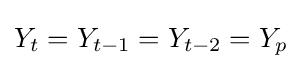
Y_{t}=Y_{t-1}=Y_{t-2}=Y_{p}